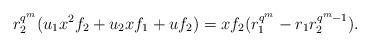
LaTeX: \begin{align*}r_2^{q^m}(u_1x^2f_2+u_2xf_1+uf_2)=xf_2(r_1^{q^m}-r_1r_2^{q^m-1}) .\end{align*}